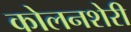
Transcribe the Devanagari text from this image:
कोलनशेरी